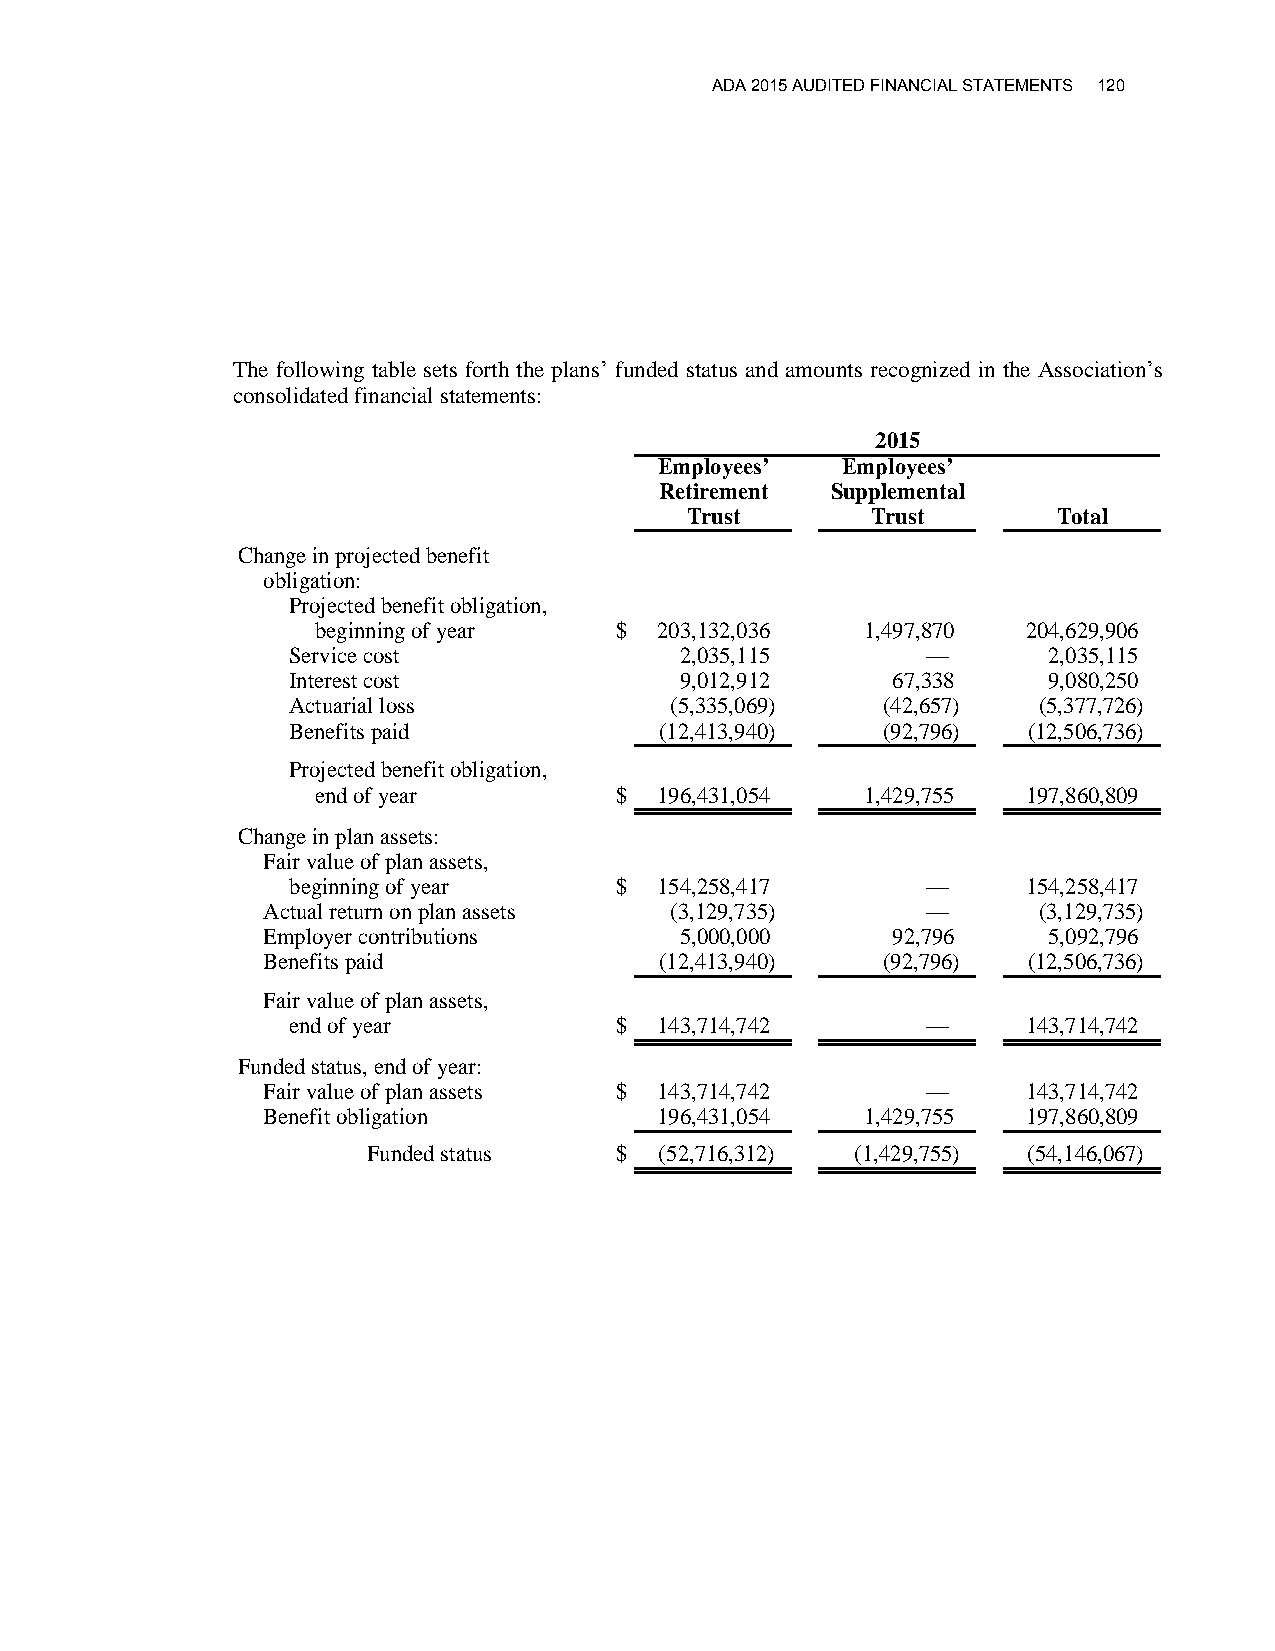
ADA 2015 AUDITED FINANCIAL STATEMENTS 120
 The following table sets forth the plans’ funded status and amounts recognized in the Association’s
 consolidated financial statements:
 2015
 Employees’  Employees’
 Retirement Supplemental
 Trust        Trust       Total
 Change in projected benefit
 obligation:
 Projected benefit obligation,
 beginning of year   $  203,132,036  1,497,870  204,629,906
 Service cost              2,035,115       —       2,035,115
 Interest cost             9,012,912     67,338    9,080,250
 Actuarial loss           (5,335,069)   (42,657)   (5,377,726)
 Benefits paid            (12,413,940)  (92,796)  (12,506,736)
 Projected benefit obligation,
 end of year         $  196,431,054  1,429,755  197,860,809
 Change in plan assets:
 Fair value of plan assets,
 beginning of year     $  154,258,417      —      154,258,417
 Actual return on plan assets (3,129,735)    —       (3,129,735)
 Employer contributions      5,000,000     92,796    5,092,796
 Benefits paid              (12,413,940)  (92,796)  (12,506,736)
 Fair value of plan assets,
 end of year           $  143,714,742      —      143,714,742
 Funded status, end of year:
 Fair value of plan assets $ 143,714,742     —      143,714,742
 Benefit obligation         196,431,054  1,429,755  197,860,809
 Funded status    $  (52,716,312) (1,429,755) (54,146,067)